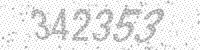
Solution: 342353